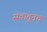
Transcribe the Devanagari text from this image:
संचातूनच